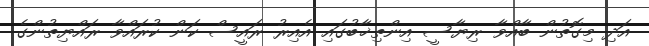
އަދި މިގޮތުން ބާއްވާ ރިޔާސީ އިންތިޚާބުގައި އެއިރު ރައީސް ކަން ކުރައްވާ ރައްޔިތުންގެ